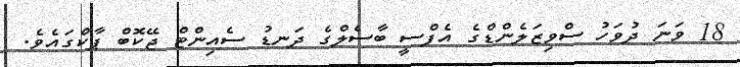
18 ވަނަ ދުވަހު ސްވިޒަލެންޑްގެ އެފްސީ ބާސެލްގެ ދަނޑު ސެއިންޓް ޖޭކޮބް ޕާކްގައެވެ.